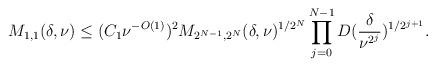
LaTeX: \begin{align*}M_{1, 1}(\delta, \nu) \leq (C_{1}\nu^{-O(1)})^{2}M_{2^{N - 1}, 2^{N}}(\delta, \nu)^{1/2^N}\prod_{j = 0}^{N-1}D(\frac{\delta}{\nu^{2^j}})^{1/2^{j + 1}}.\end{align*}